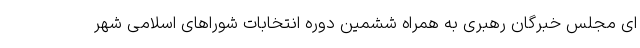
ای مجلس خبرگان رهبری به همراه ششمین دوره انتخابات شوراهای اسلامی شهر